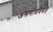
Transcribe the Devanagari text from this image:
असगोत्रविवाह